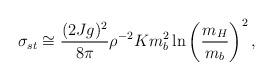
LaTeX: \begin{align*}\sigma_{st} \cong {(2Jg)^2 \over 8\pi} \rho^{-2}K m_b^2 \ln \left( {m_H \over m_b} \right)^2 ,\end{align*}